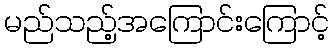
မည်သည့်အကြောင်းကြောင့်